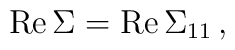
{\rm Re} \, \Sigma = {\rm Re}\, {\Sigma}_{11}\,,